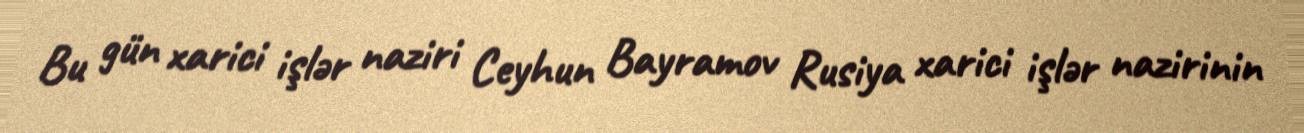
Bu gün xarici işlər naziri Ceyhun Bayramov Rusiya xarici işlər nazirinin